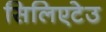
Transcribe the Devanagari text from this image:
सिलिएटेउ